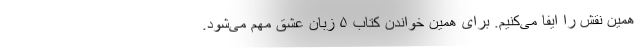
همین نقش را ایفا می‌کنیم. برای همین خواندن کتاب ۵ زبان عشق مهم می‌شود.